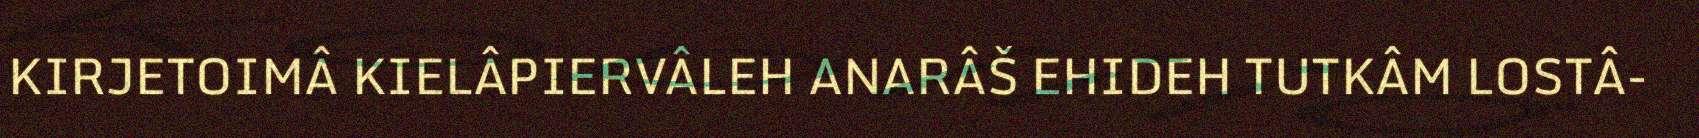
KIRJETOIMÂ KIELÂPIERVÂLEH ANARÂŠ EHIDEH TUTKÂM LOSTÂ-